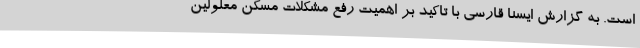
است. به گزارش ایسنا قارسی با تاکید بر اهمیت رفع مشکلات مسکن معلولین